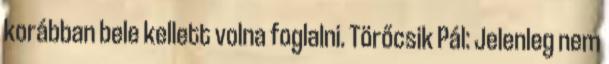
korábban bele kellett volna foglalni. Törőcsik Pál: Jelenleg nem